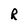
Character: R